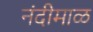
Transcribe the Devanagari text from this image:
नंदीमाळ